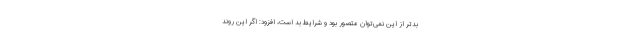
بدتر از این نمی‌توان متصور بود و شرایط بد است، افزود: اگر این روند